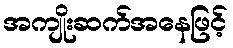
အကျိုးဆက်အနေဖြင့်